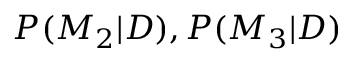
P ( M _ { 2 } | D ) , P ( M _ { 3 } | D )